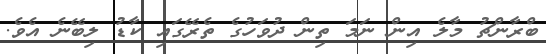
ބްރާންޗު މާލެ އިން ނަމަ ތިން ދުވަހުގެ ތެރޭގައި ކާޑު ލިބޭނެ އެވެ.